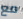
مع